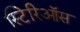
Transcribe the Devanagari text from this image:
स्टिरिऑस